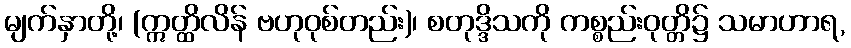
မျက်နှာတို့၊ (ဣတ္ထိလိန် ဗဟုဝုစ်တည်း)၊ စတုဒ္ဒိသကို ကစ္စည်းဝုတ္တိ၌ သမာဟာရ,